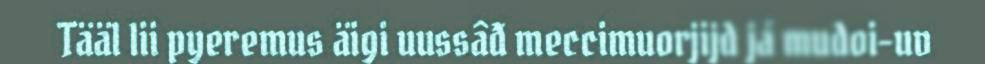
Tääl lii pyeremus äigi uussâđ meccimuorjijd já mudoi-uv